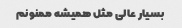
بسیار عالی مثل همیشه ممنونم